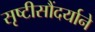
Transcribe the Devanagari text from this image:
सृष्टीसौंदर्याने